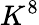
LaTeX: K^{8}